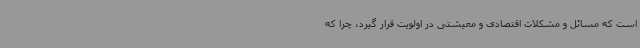
است که مسائل و مشکلات اقتصادی و معیشتی در اولویت قرار گیرد، چرا که